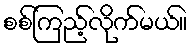
စစ်ကြည့်လိုက်မယ်။